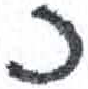
אות: כ